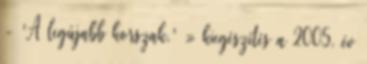
- 'A legújabb korszak.' » kiegészítés a 2005. év